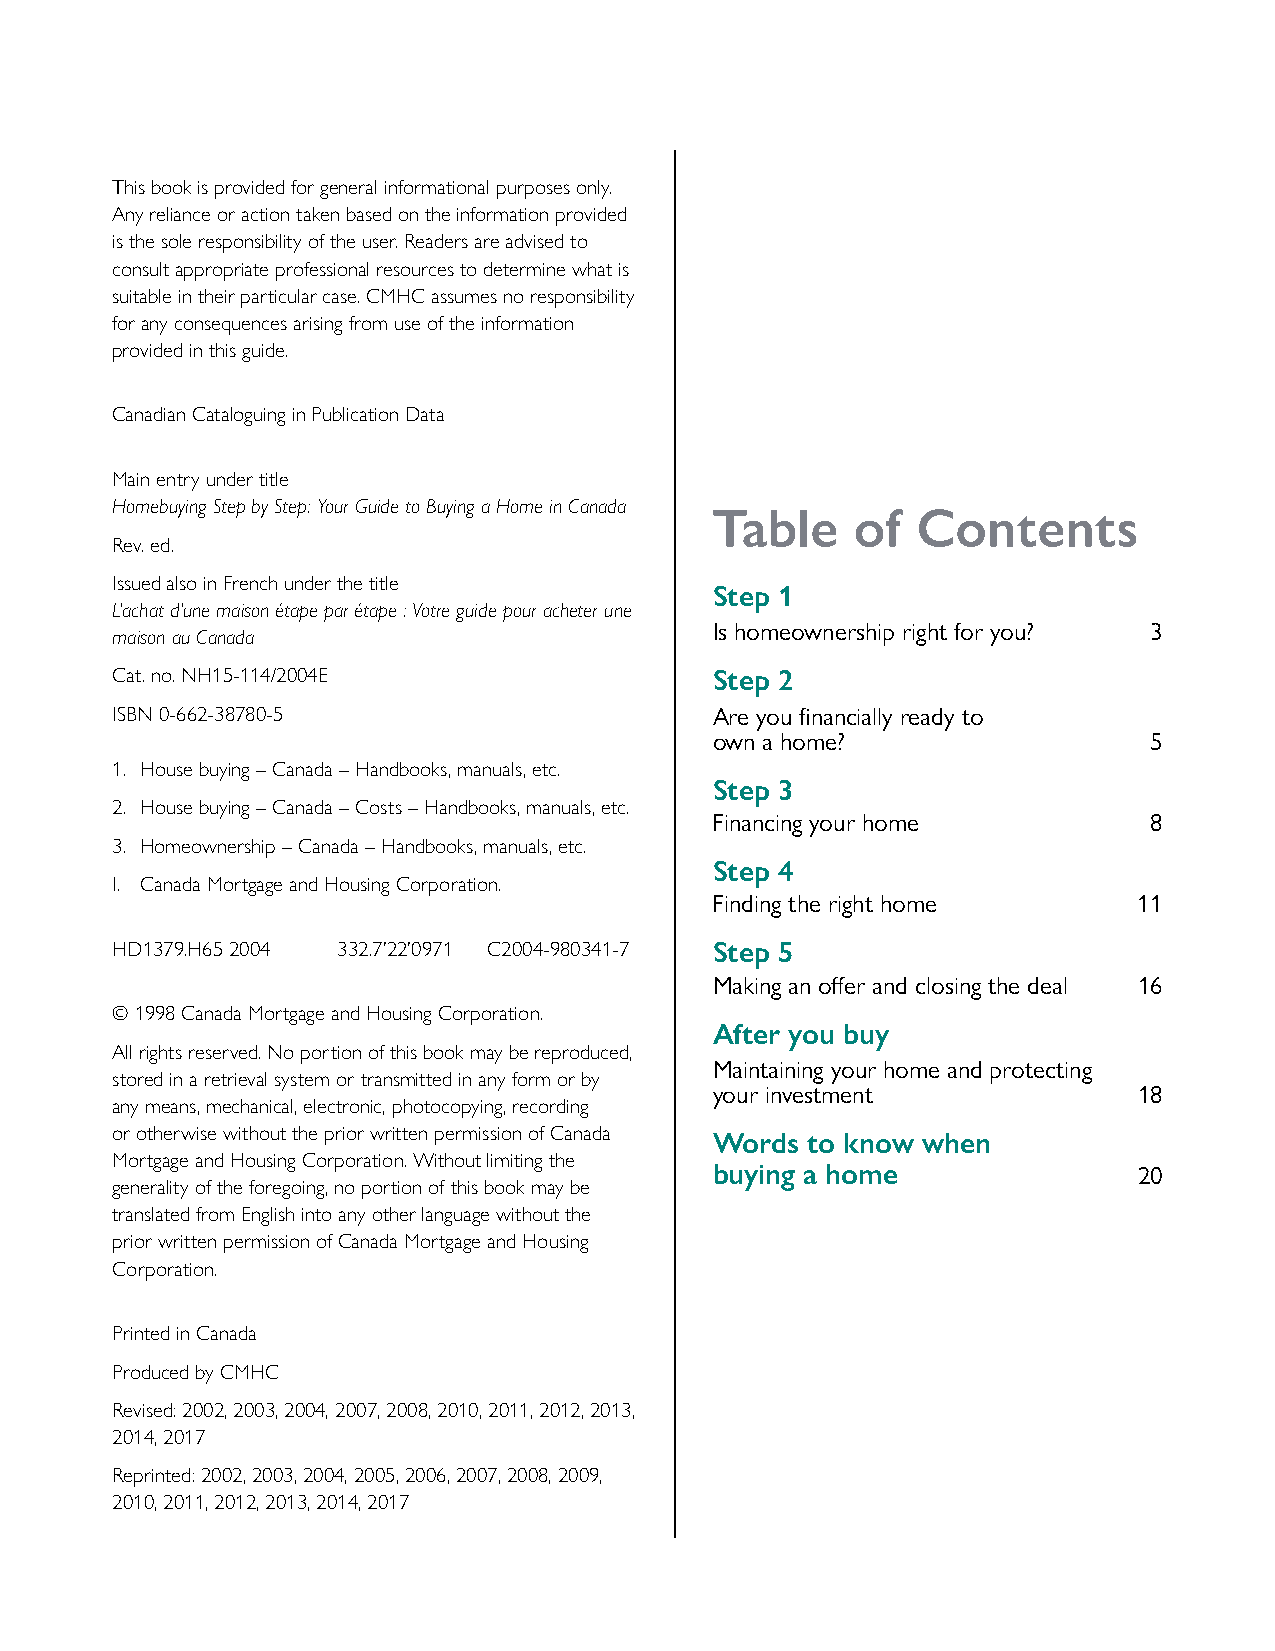
This book is provided for general informational purposes only.
 Any reliance or action taken based on the information provided
 is the sole responsibility of the user. Readers are advised to
 consult appropriate professional resources to determine what is
 suitable in their particular case. CMHC assumes no responsibility
 for any consequences arising from use of the information
 provided in this guide.
 Canadian Cataloguing in Publication Data
 Main entry under title
 Homebuying Step by Step: Your Guide to Buying a Home in Canada
 Table     of  Contents
 Rev. ed.
 Issued also in French under the title
 Step 1
 L’achat d’une maison étape par étape : Votre guide pour acheter une
 Is homeownership right for you? 3
 maison au Canada
 Cat. no. NH15-114/2004E                 Step 2
 ISBN 0-662-38780-5                      Are you financially ready to
 own a home?                  5
 1. House buying – Canada – Handbooks, manuals, etc.
 Step 3
 2. House buying – Canada – Costs – Handbooks, manuals, etc.
 Financing your home          8
 3. Homeownership – Canada – Handbooks, manuals, etc.
 Step 4
 I. Canada Mortgage and Housing Corporation.
 Finding the right home      11
 HD1379.H65 2004 332.7’22’0971 C2004-980341-7 Step 5
 Making an offer and closing the deal 16
 © 1998 Canada Mortgage and Housing Corporation.
 After you buy
 All rights reserved. No portion of this book may be reproduced,
 Maintaining your home and protecting
 stored in a retrieval system or transmitted in any form or by
 your investment             18
 any means, mechanical, electronic, photocopying, recording
 or otherwise without the prior written permission of Canada
 Words to know when
 Mortgage and Housing Corporation. Without limiting the
 buying a home               20
 generality of the foregoing, no portion of this book may be
 translated from English into any other language without the
 prior written permission of Canada Mortgage and Housing
 Corporation.
 Printed in Canada
 Produced by CMHC
 Revised: 2002, 2003, 2004, 2007, 2008, 2010, 2011, 2012, 2013,
 2014, 2017
 Reprinted: 2002, 2003, 2004, 2005, 2006, 2007, 2008, 2009,
 2010, 2011, 2012, 2013, 2014, 2017